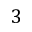
3